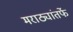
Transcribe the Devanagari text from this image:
मराठ्यांतर्फे